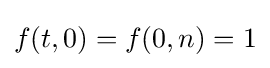
f(t,0)=f(0,n)=1